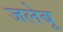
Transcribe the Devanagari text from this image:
जलेबू